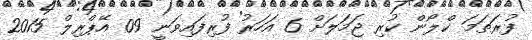
ފުރަތަމަ ކްލޯން ކުރި ޖަމަލަށް 6 އަހަރު ފުރިފައިވަނީ 09 އޭޕްރިލް 2015